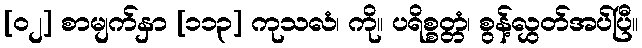
[၀၂] စာမျက်နှာ [၁၁၃] ကုသလံ၊ ကို။ ပရိစ္စတ္တံ၊ စွန့်လွှတ်အပ်ပြီ။